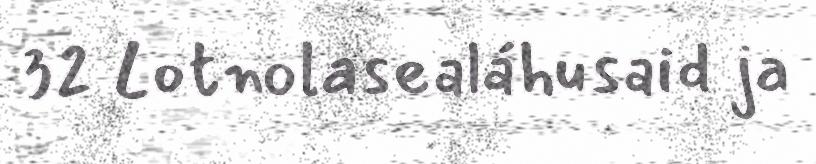
32 Lotnolasealáhusaid ja